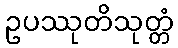
ဥပဿုတိသုတ္တံ